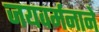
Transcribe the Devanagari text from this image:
जयवर्मनाने